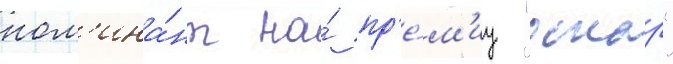
ном'ина́нт на́ пр'е́м'иу "оскар"